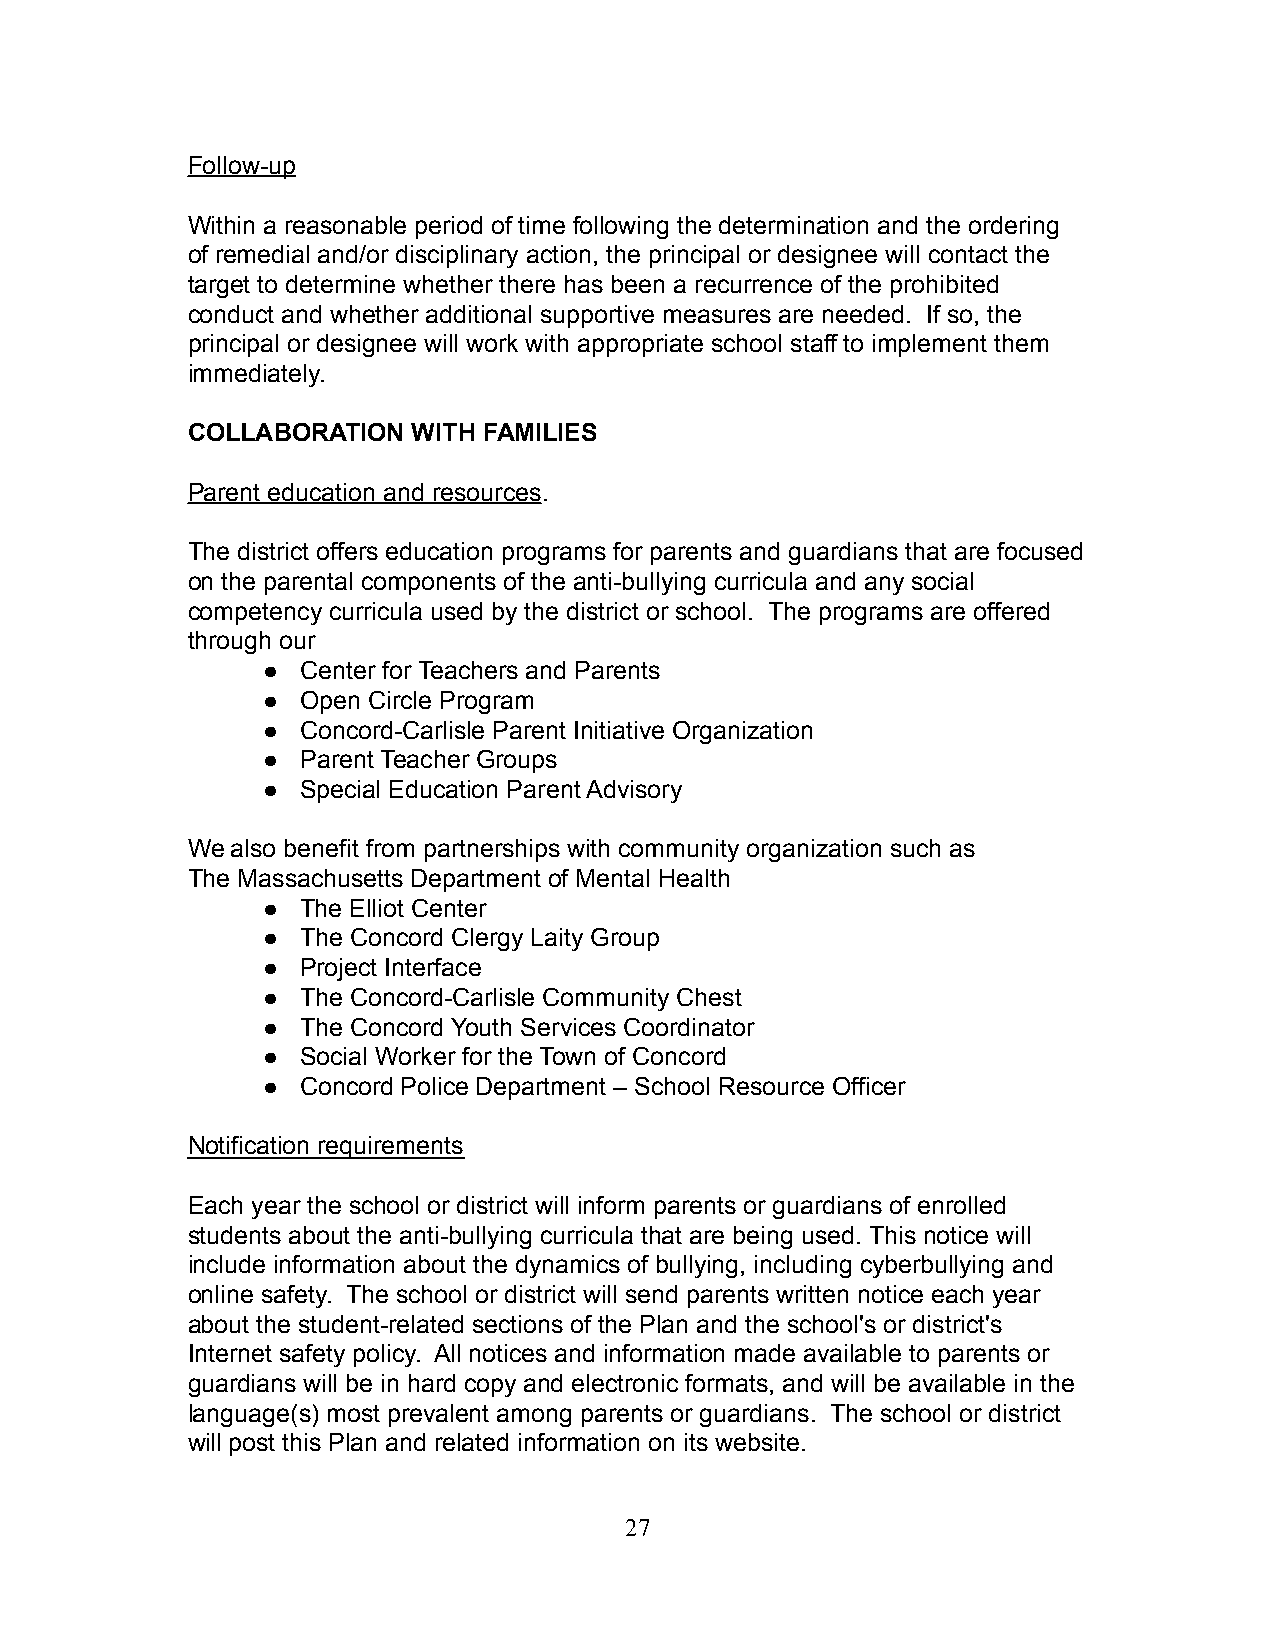
Follow-up
 Within a reasonable period of time following the determination and the ordering
 of remedial and/or disciplinary action, the principal or designee will contact the
 target to determine whether there has been a recurrence of the prohibited
 conduct and whether additional supportive measures are needed. If so, the
 principal or designee will work with appropriate school staff to implement them
 immediately.
 COLLABORATION  WITH FAMILIES
 Parent education and resources.
 The district offers education programs for parents and guardians that are focused
 on the parental components of the anti-bullying curricula and any social
 competency curricula used by the district or school. The programs are offered
 through our
 ●  Center for Teachers and Parents
 ●  Open Circle Program
 ●  Concord-Carlisle Parent Initiative Organization
 ●  Parent Teacher Groups
 ●  Special Education Parent Advisory
 We also benefit from partnerships with community organization such as
 The Massachusetts Department of Mental Health
 ●  The Elliot Center
 ●  The Concord Clergy Laity Group
 ●  Project Interface
 ●  The Concord-Carlisle Community Chest
 ●  The Concord Youth Services Coordinator
 ●  Social Worker for the Town of Concord
 ●  Concord Police Department – School Resource Officer
 Notification requirements
 Each year the school or district will inform parents or guardians of enrolled
 students about the anti-bullying curricula that are being used. This notice will
 include information about the dynamics of bullying, including cyberbullying and
 online safety. The school or district will send parents written notice each year
 about the student-related sections of the Plan and the school's or district's
 Internet safety policy. All notices and information made available to parents or
 guardians will be in hard copy and electronic formats, and will be available in the
 language(s) most prevalent among parents or guardians. The school or district
 will post this Plan and related information on its website.
 27